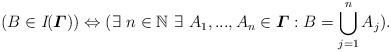
LaTeX: \begin{align*}(B\in\emph{I}(\mbox{\boldmath$\varGamma$}))\Leftrightarrow(\exists \,\,n\in\mathbb N\,\,\exists\,\, A_1, ..., A_n\in\mbox{\boldmath$\varGamma$}: B=\bigcup_{j=1}^{n}A_j).\end{align*}